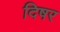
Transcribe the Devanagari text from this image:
दिषर